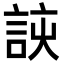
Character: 𮘈